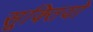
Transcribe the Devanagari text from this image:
सूक्तियो